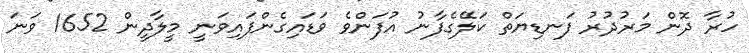
ހުރާ ދޮން މަރުދުރު ފަނޑިޔަތް ކަލޭގެފާނު އުފަންވެ ވަޑައިގެންފައިވަނީ މީލާދީން 1652 ވަނަ